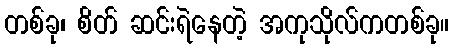
တစ်ခု၊ စိတ် ဆင်းရဲနေတဲ့ အကုသိုလ်ကတစ်ခု။